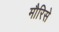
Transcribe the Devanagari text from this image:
मौरिसे